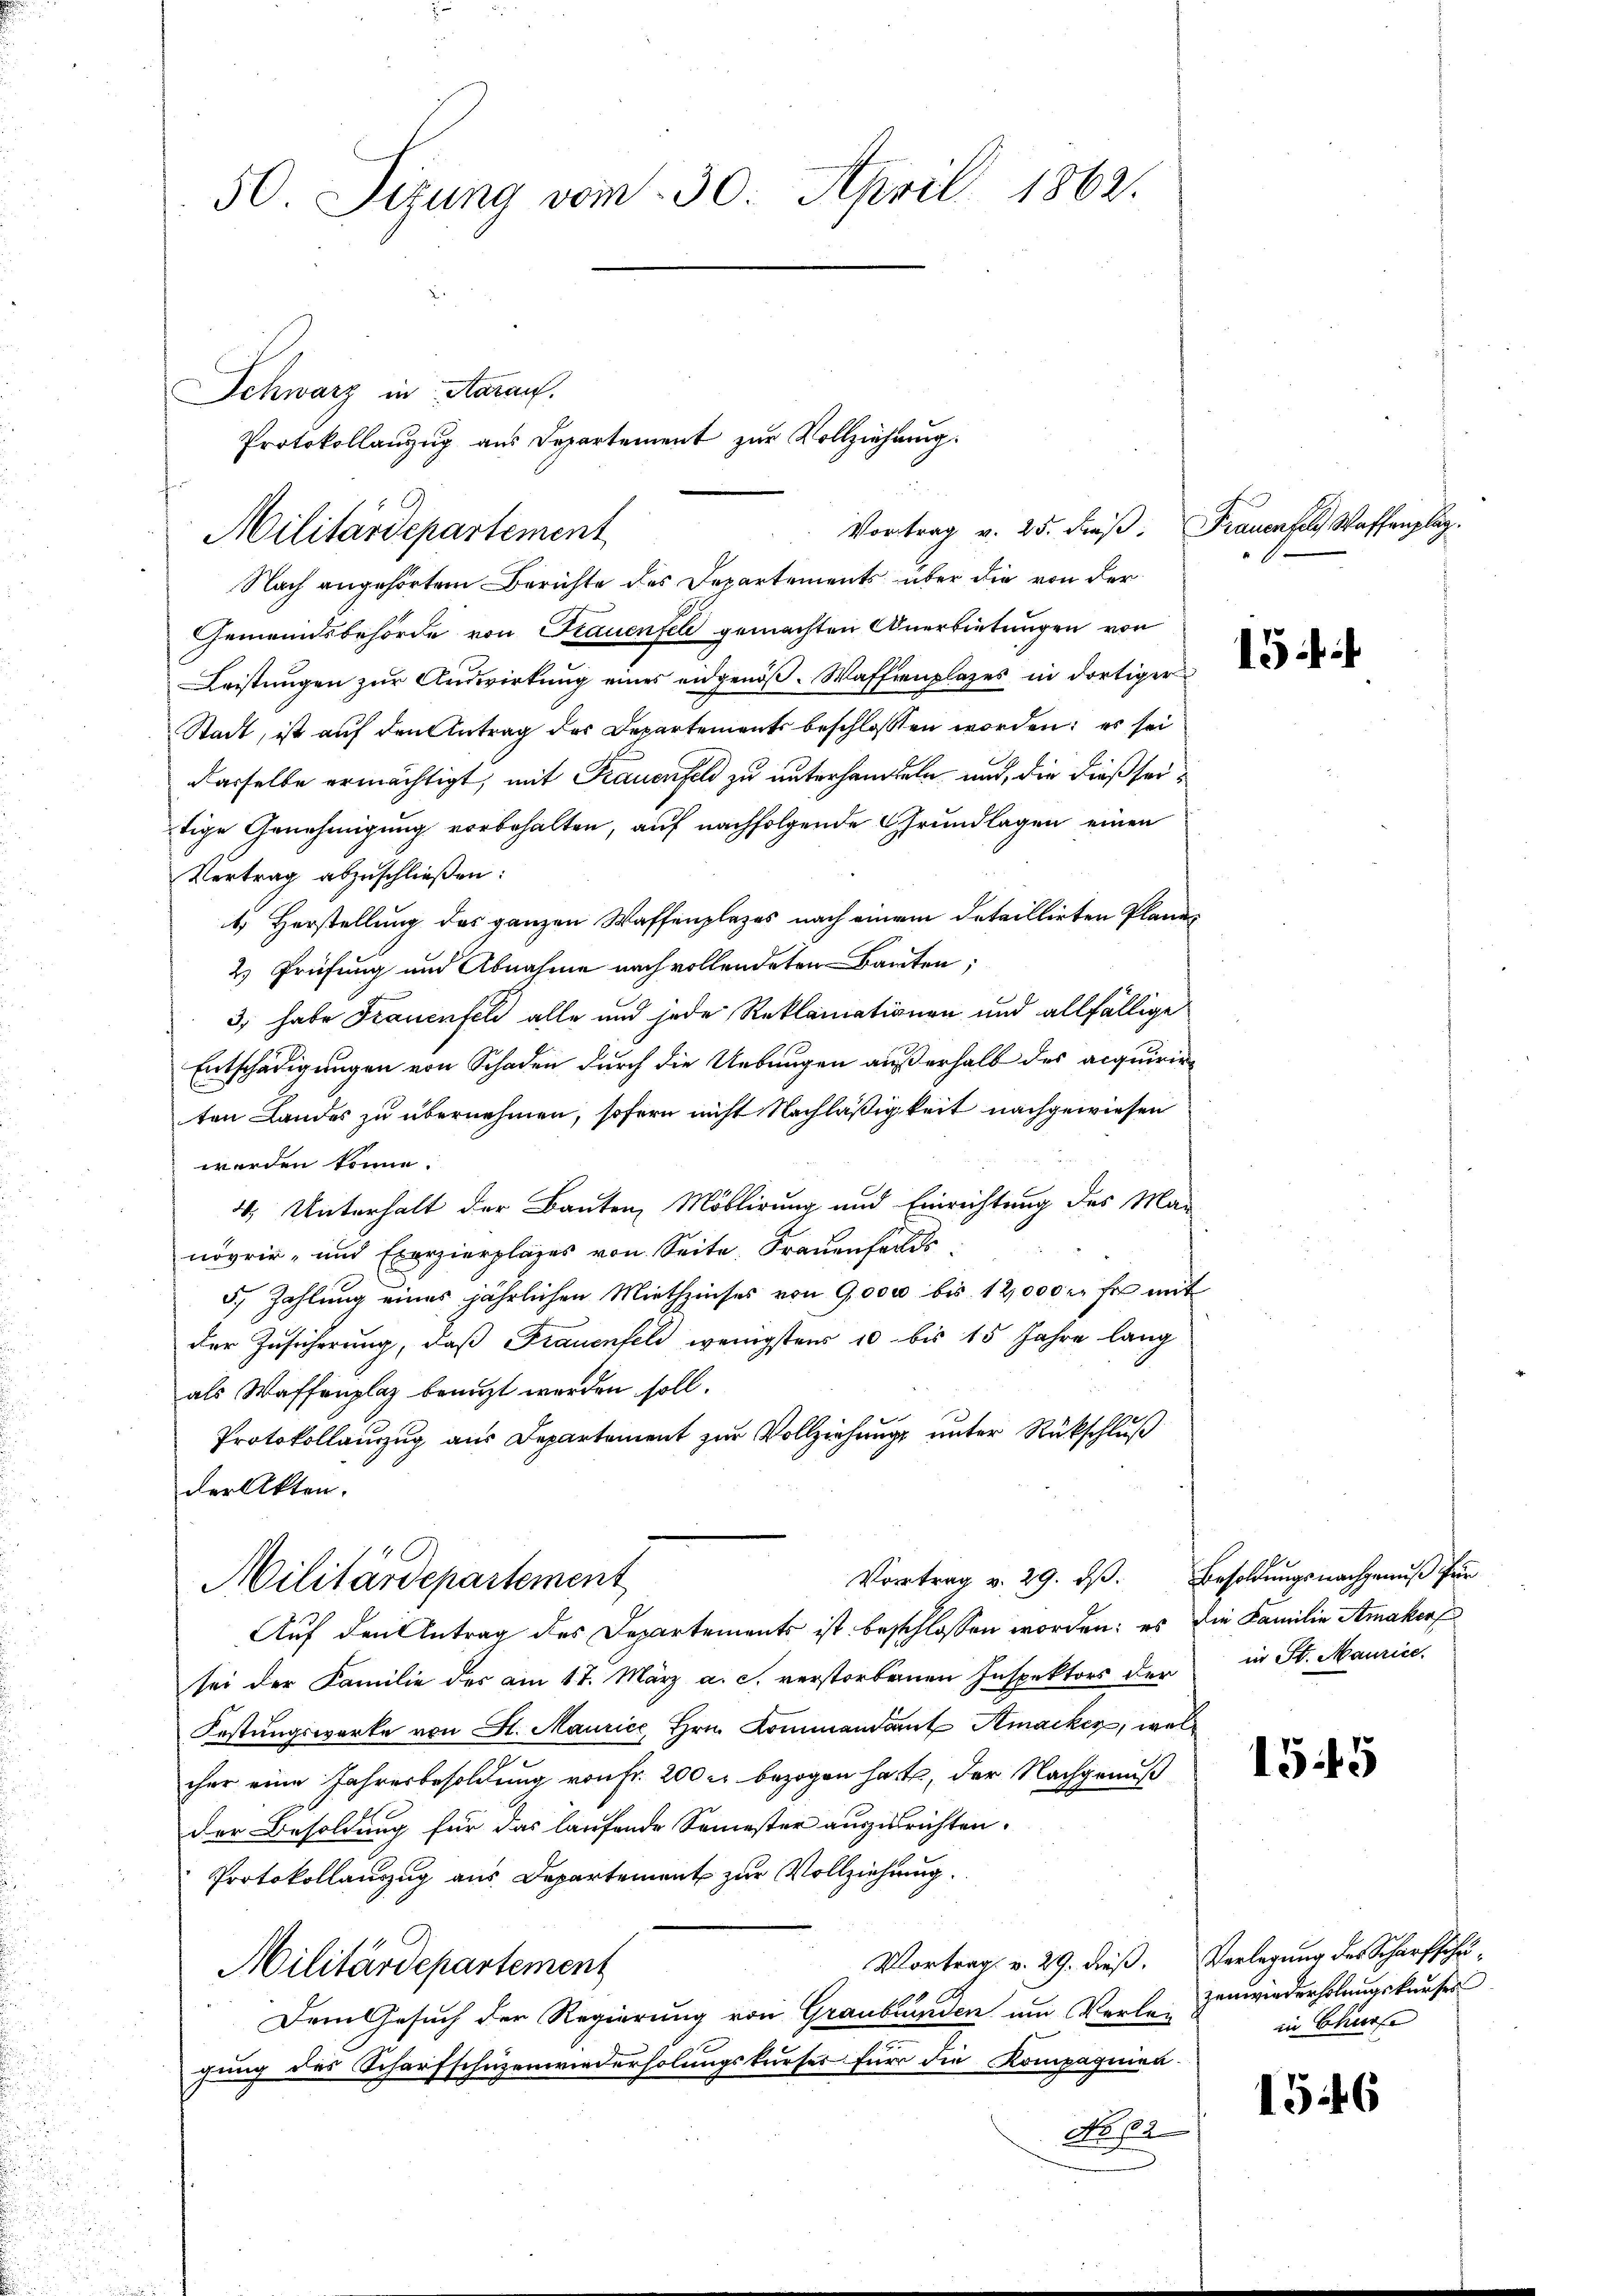
50. Sizung vom 30. April 1862.

Nach angehörtem Berichte des Departements über die von der
Gemeindsbehörde von Frauenfel gemachten Anerbietungen von
Leistungen zur Auswirkung eines eidgenöß. Waffenplazes in dortiger
Stadt, ist auf den Antrag des Departements beschlossen worden; es sei
dasselbe ermächtigt, mit Frauenfeld zu unterhandeln und, die dießseitige Genehmigung vorbehalten, auf nachfolgende Grundlagen einen
Vertrag abzuschließen:
4 Herstellung des ganzen Waffenplazes nach einem Detaillirten Plane-
2) Prüfung und Abnahme nach vollendeten Bauten;
3, habe Frauenfeld alle und jede Reklamationen und allfällige
Entschädigungen von Schaden durch die Uebungen außerhalb des acquirirten Landes zu übernehmen, sofern nicht Nachläßigkeit nachgewiesen
werden könne.
4. Unterhalt der Bauten, Möblirung und Einrichtung des Manövrir- und Exerzierplages von Seite Frauenfelds
5. Zahlung eines jährlichen Miethzinses von 9000 bis 12,000 c. fr. mit
der Zusicherung, daß Frauenfeld wenigstens 10 bis 15 Jahre lang
als Waffenplaz benuzt werden soll.
Protokollauszug aus Departement zur Vollziehung unter Rückschluß
der Akten.
Vortrag v. 29. dβ. Besoldungsnachgenuß für
Militärdepartement
Auf den Antrag des Departements ist beschlossen worden: es die Familie Amakers
sei der Familie der am 17. März a. c. verstorbenen Inspektors der in St. Maurice,
Festungswerke von St. Maurice, Hrn. Kommandant Smacker, welcher eine Jahresbesoldung von Fr. 200 er bezogen hatte, der Nachgenuß
der Besoldung für das laufende Semester auszurichten.
Protokollauszug aus Departement zur Vollziehung.
Vortrag v. 29. dieß.
Militärdepartement
Dem Gesuch der Regierung von Graubünden um Verle-
gung des Scharfschützenwiederholungskurses für die Kompagnien-
No 62

Schwarz in Aarauf.
Protokollanzug aus Departement zur Vollziehung.
Vortrag v. 25. dieß. Frauenfels Waffenplag
Militärdepartement

15

155

Verlegung des Scharfschuzenwiederholungskaufes
in Churfe

1546